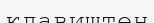
клавиштен